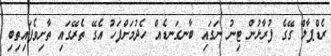
ރެޑްޕާލް ގޭގެ ފުރާޅުން ޓިނު ނަގައި ބާނގަނޑެއް ހެދުމަށްފަހު އެގޭ ތެރޭގައި ތާށިވެފައިތިބި